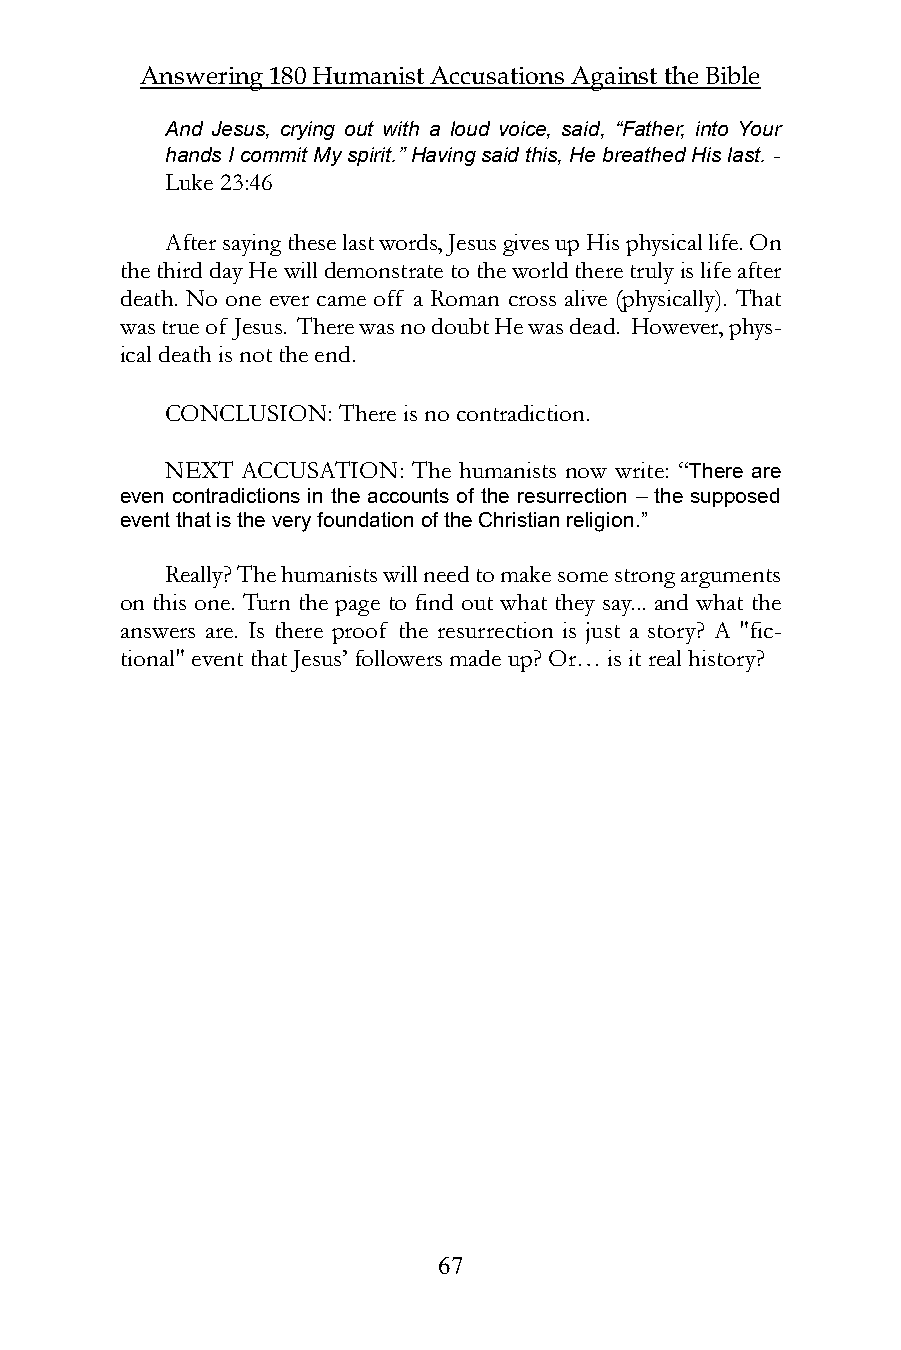
Answering 180 Humanist Accusations Against the Bible
 And Jesus, crying out with a loud voice, said, “Father, into Your
 hands I commit My spirit.” Having said this, He breathed His last. -
 Luke 23:46
 After saying these last words, Jesus gives up His physical life. On
 the third day He will demonstrate to the world there truly is life after
 death. No one ever came off a Roman cross alive (physically). That
 was true of Jesus. There was no doubt He was dead. However, phys-
 ical death is not the end.
 CONCLUSION: There is no contradiction.
 NEXT ACCUSATION: The humanists now write: “There are
 even contradictions in the accounts of the resurrection – the supposed
 event that is the very foundation of the Christian religion.”
 Really? The humanists will need to make some strong arguments
 on this one. Turn the page to find out what they say... and what the
 answers are. Is there proof the resurrection is just a story? A "fic-
 tional" event that Jesus’ followers made up? Or… is it real history?
 67